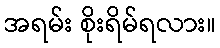
အရမ်း စိုးရိမ်ရလား။